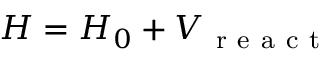
H = H _ { 0 } + V _ { \mathrm { ~ r ~ e ~ a ~ c ~ t ~ } }